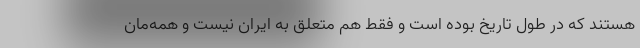
هستند که در طول تاریخ بوده است و فقط هم متعلق به ایران نیست و همه‌مان